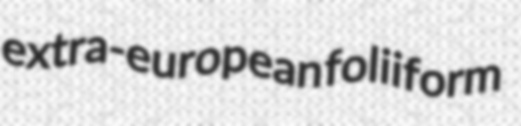
extra-european foliiform